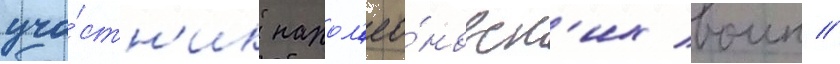
уча́стн'ик напол'ео́новск'их воин //